Report on vaccination in the Province of Bengal - 1869-1873
Year: 1869
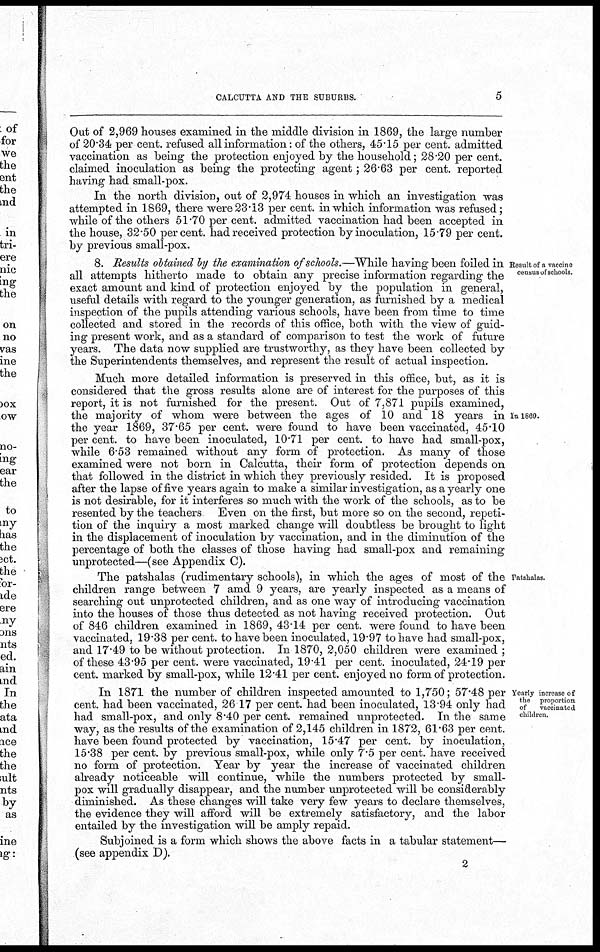
CALCUTTA AND THE SUBURBS.
5
Out of 2,969 houses examined in the middle division in 1869, the large number
of 20.34 per cent. refused all information: of the others, 45.15 per cent. admitted
vaccination as being the protection enjoyed by the household; 28.20 per cent.
claimed inoculation as being the protecting agent; 26.63 per cent. reported
having had small-pox.
In the north division, out of 2,974 houses in which an investigation was
attempted in 1869, there were 23.13 per cent. in which information was refused;
while of the others 51.70 per cent. admitted vaccination had been accepted in
the house, 32.50 per cent. had received protection by inoculation, 15.79 per cent.
by previous small-pox.
Result of a vaccine
census of schools.
8. Results obtained by the examination of schools.—While having been foiled in
all attempts hitherto made to obtain any precise information regarding the
exact amount and kind of protection enjoyed by the population in general,
useful details with regard to the younger generation, as furnished by a medical
inspection of the pupils attending various schools, have been from time to time
collected and stored in the records of this office, both with the view of guid-
ing present work, and as a standard of comparison to test the work of future
years. The data now supplied are trustworthy, as they have been collected by
the Superintendents themselves, and represent the result of actual inspection.
In 1869.
Much more detailed information is preserved in this office, but, as it is
considered that the gross results alone are of interest for the purposes of this
report, it is not furnished for the present. Out of 7,871 pupils examined,
the majority of whom were between the ages of 10 and 18 years in
the year 1869, 37.65 per cent. were found to have been vaccinated, 45.10
per cent. to have been inoculated, 10.71 per cent. to have had small-pox,
while 6.53 remained without any form of protection. As many of those
examined were not born in Calcutta, their form of protection depends on
that followed in the district in which they previously resided. It is proposed
after the lapse of five years again to make a similar investigation, as a yearly one
is not desirable, for it interferes so much with the work of the schools, as to be
resented by the teachers Even on the first, but more so on the second, repeti-
tion of the inquiry a most marked change will doubtless be brought to light
in the displacement of inoculation by vaccination, and in the diminution of the
percentage of both the classes of those having had small-pox and remaining
unprotected—(see Appendix C).
Patshalas.
The patshalas (rudimentary schools), in which the ages of most of the
children range between 7 amd 9 years, are yearly inspected as a means of
searching out unprotected children, and as one way of introducing vaccination
into the houses of those thus detected as not having received protection. Out
of 846 children examined in 1869, 43.14 per cent. were found to have been
vaccinated, 19.38 per cent. to have been inoculated, 19.97 to have had small-pox,
and 17.49 to be without protection. In 1870, 2,050 children were examined ;
of these 43.95 per cent. were vaccinated, 19.41 per cent. inoculated, 24.19 per
cent. marked by small-pox, while 12.41 per cent. enjoyed no form of protection.
Yearly increase of
the proportion
of
vaccinated
children.
In 1871 the number of children inspected amounted to 1,750; 57.48 per
cent. had been vaccinated, 26.17 per cent. had been inoculated, 13.94 only had
had small-pox, and only 8.40 per cent. remained unprotected. In the same
way, as the results of the examination of 2,145 children in 1872, 61.63 per cent.
have been found protected by vaccination, 15.47 per cent. by inoculation,
15.38 per cent. by previous small-pox, while only 7.5 per cent. have received
no form of protection. Year by year the increase of vaccinated children
already noticeable will continue, while the numbers protected by small-
pox will gradually disappear, and the number unprotected will be considerably
diminished. As these changes will take very few years to declare themselves,
the evidence they will afford will be extremely satisfactory, and the labor
entailed by the investigation will be amply repaid.
Subjoined is a form which shows the above facts in a tabular statement—
(see appendix D).
2